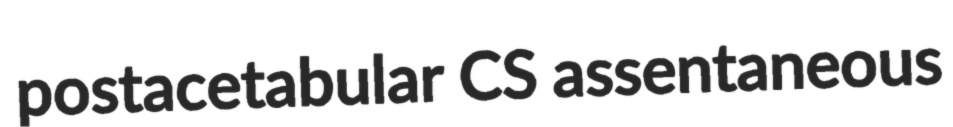
postacetabular CS assentaneous